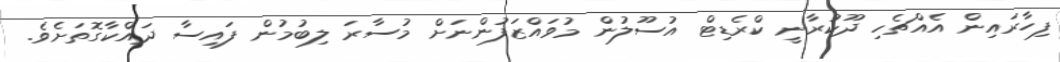
ފިހާރައިން އެއްޗެހި ދޫކުރާނީ ކްރެޑިޓް އުސޫލުން މުވައްޒަފުންނަށް މުސާރަ ލިބުމުން ފައިސާ ދައްކާގޮތަށެވެ.